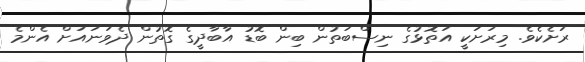
ރަށެކެވެ. މިރަށަކީ އަތޮޅުގެ ނިސްބަތުން ބިން ބޮޑު އާބާދީގެ ގޮތުން ދެވަނައަށް އެންމެ